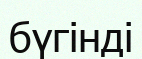
бүгінді